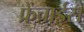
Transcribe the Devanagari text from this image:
फ्रेंचाईस